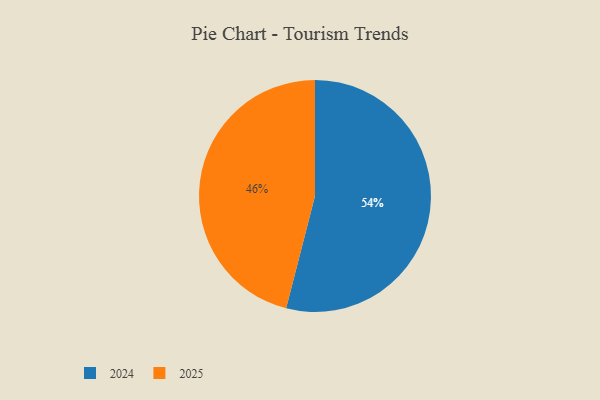
{"axis": {"x": "Category", "y": "Percentage"}, "legend": ["2024", "2025"], "data": [{"x": "2024", "y": 54, "type": "2024"}, {"x": "2025", "y": 46, "type": "2025"}]}